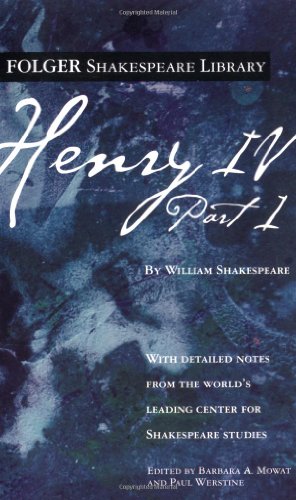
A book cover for Henry IV, Part I (Folger Shakespeare Library); William Shakespeare; Literature & Fiction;